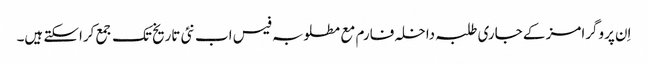
اِن پروگرامز کے جاری طلبہ داخلہ فارم مع مطلوبہ فیس اب نئی تاریخ تک جمع کراسکتے ہیں۔